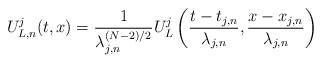
\begin{align*}U^j_{L,n}(t,x) = \frac{1}{\lambda_{j,n}^{(N-2)/2}} U^j_L \left ( \frac{t - t_{j,n}}{\lambda_{j,n}}, \frac{x - x_{j,n}}{\lambda_{j,n}}\right )\end{align*}